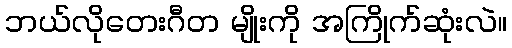
ဘယ်လိုတေးဂီတ မျိုးကို အကြိုက်ဆုံးလဲ။